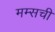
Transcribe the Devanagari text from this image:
मम्सची